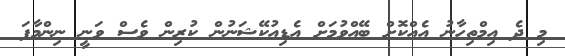
މި ދެ އިމްތިހާނު އެއްކޮށް ބޭއްވުމަށް އެޑިއުކޭޝަނުން ކުރިން ވެސް ވަނީ ނިންމާފަ